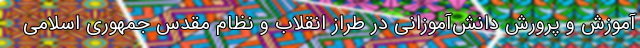
آموزش و پرورش دانش‌آموزانی در طراز انقلاب و نظام مقدس جمهوری اسلامی